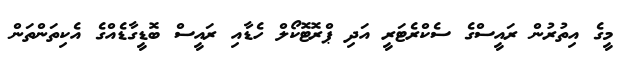
މީގެ އިތުރުން ރައީސްގެ ސެކްރެޓަރީ އަދި ޕްރޮޓޮކޯލް ހެޑާއި ރައީސް ބޮޑީގާޑެއްގެ އެކިތަންތަން